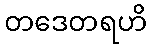
တဒေတရဟိ